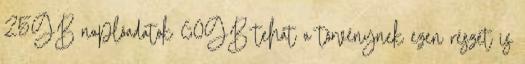
25GB naplóadatok 60GB tehát a törvénynek ezen részét is